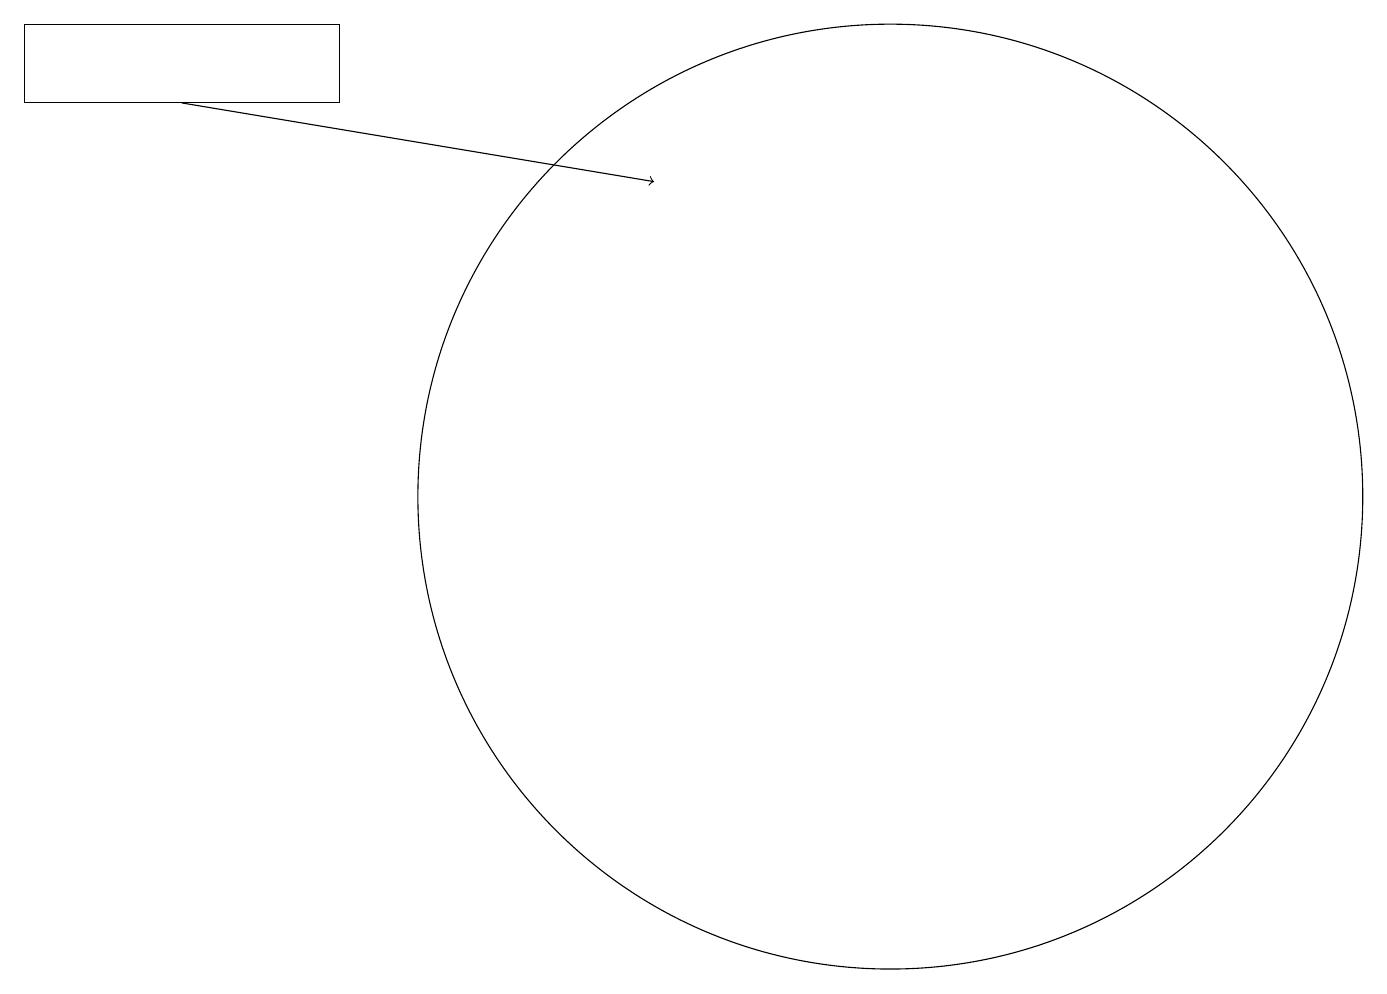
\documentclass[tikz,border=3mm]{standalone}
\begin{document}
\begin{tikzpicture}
\draw (11,12) circle (6);
\draw (0,18) rectangle (4,17);
\draw[->] (2,17) -- (8,16);
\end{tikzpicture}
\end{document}